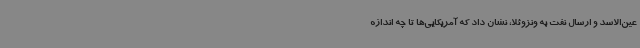
عین‌الاسد و ارسال نفت به ونزوئلا، نشان داد که آمریکایی‌ها تا چه اندازه